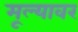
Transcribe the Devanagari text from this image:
मूल्यावर